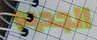
الجحيم